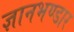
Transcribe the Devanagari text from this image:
ज्ञानभण्डार